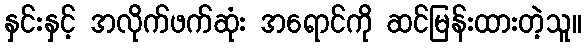
နှင်းနှင့် အလိုက်ဖက်ဆုံး အရောင်ကို ဆင်မြန်းထားတဲ့သူ။